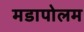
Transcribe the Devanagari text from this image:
मडापोलम